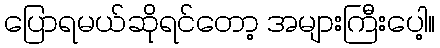
ပြောရမယ်ဆိုရင်တော့ အများကြီးပေါ့။